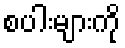
စပါးများကို